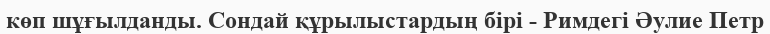
көп шұғылданды. Сондай құрылыстардың бірі - Римдегі Әулие Петр